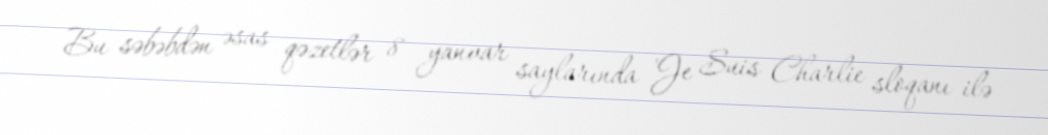
Bu səbəbdən əsas qəzetlər 8 yanvar saylarında 'Je Suis Charlie sloqanı ilə